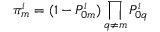
\pi _ { m } ^ { i } = ( 1 - P _ { 0 m } ^ { i } ) \prod _ { q \neq m } P _ { 0 q } ^ { i }